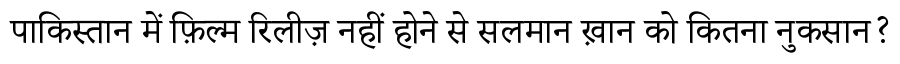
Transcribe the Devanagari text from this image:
पाकिस्तान में फ़िल्म रिलीज़ नहीं होने से सलमान ख़ान को कितना नुकसान?